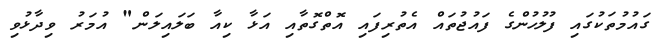
ގައުމުތަކުގައި ފުލުހުންގެ ފައުޖުތައް އެތުރިފައި އޮތްގޮތާއި އަޅާ ކިއާ ބަލައިލަން" އުމަރު ވިދާޅުވި